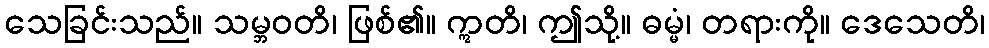
သေခြင်းသည်။ သမ္ဘဝတိ၊ ဖြစ်၏။ ဣတိ၊ ဤသို့။ ဓမ္မံ၊ တရားကို။ ဒေသေတိ၊